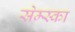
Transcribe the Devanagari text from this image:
स्रेम्स्का